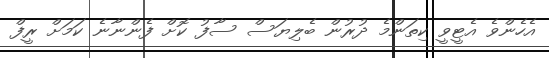
އެހެންވެ އެޓީވީ ކިތަންމެ ދުރުން ބެލިޔަސް ސާފު ކޮށް ފެންނާނެ ކަމަށް ރީފް